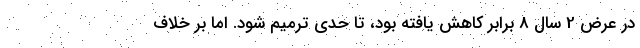
در عرض 2 سال 8 برابر كاهش يافته بود، تا حدي ترميم شود. اما بر خلاف